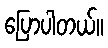
ပြောပါတယ်။